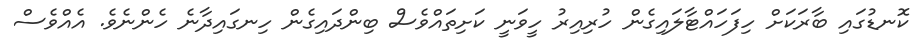
ކޮނޑުގައި ބާރަކަށް ހިފަހައްޓާލައިގެން ހުރިއިރު ހީވަނީ ކަށިތައްވެސް ބިންދައިގެން ހިނގައިދާނެ ހެންނެވެ. އެއްވެސް